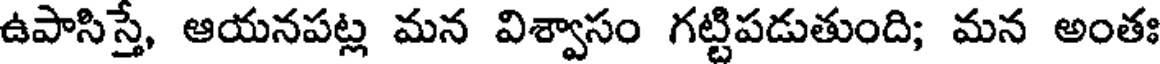
ఉపాసిస్తే, ఆయనపట్ల మన విశ్వాసం గట్టిపడుతుంది; మన అంతః